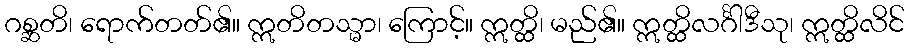
ဂစ္ဆတိ၊ ရောက်တတ်၏။ ဣတိတသ္မာ၊ ကြောင့်။ ဣတ္ထိ၊ မည်၏။ ဣတ္ထိလင်္ဂါဒီသု၊ ဣတ္ထိလိင်